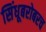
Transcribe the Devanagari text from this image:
सिंधूबरोबरच